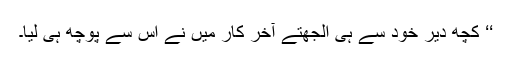
‘‘ کچھ دیر خود سے ہی الجھتے آخر کار میں نے اس سے پوچھ ہی لیا۔